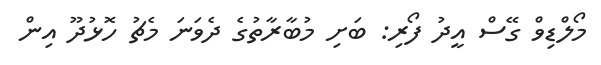
މޯލްޑިވް ގޭސް އީދު ފޯރި: ބަށި މުބާރާތުގެ ދެވަނަ މެޗު ހޮޅުދޫ އިން